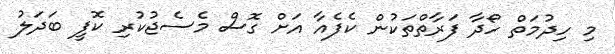
މި ހިދުމަތް ހޯދާ ފަރާތްތަކުން ކެފެއާ އަށް ގޮސް މެސެޖުކުރި ކޮފީ ބަދަލު